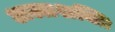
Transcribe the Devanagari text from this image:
अल्लशक्ति